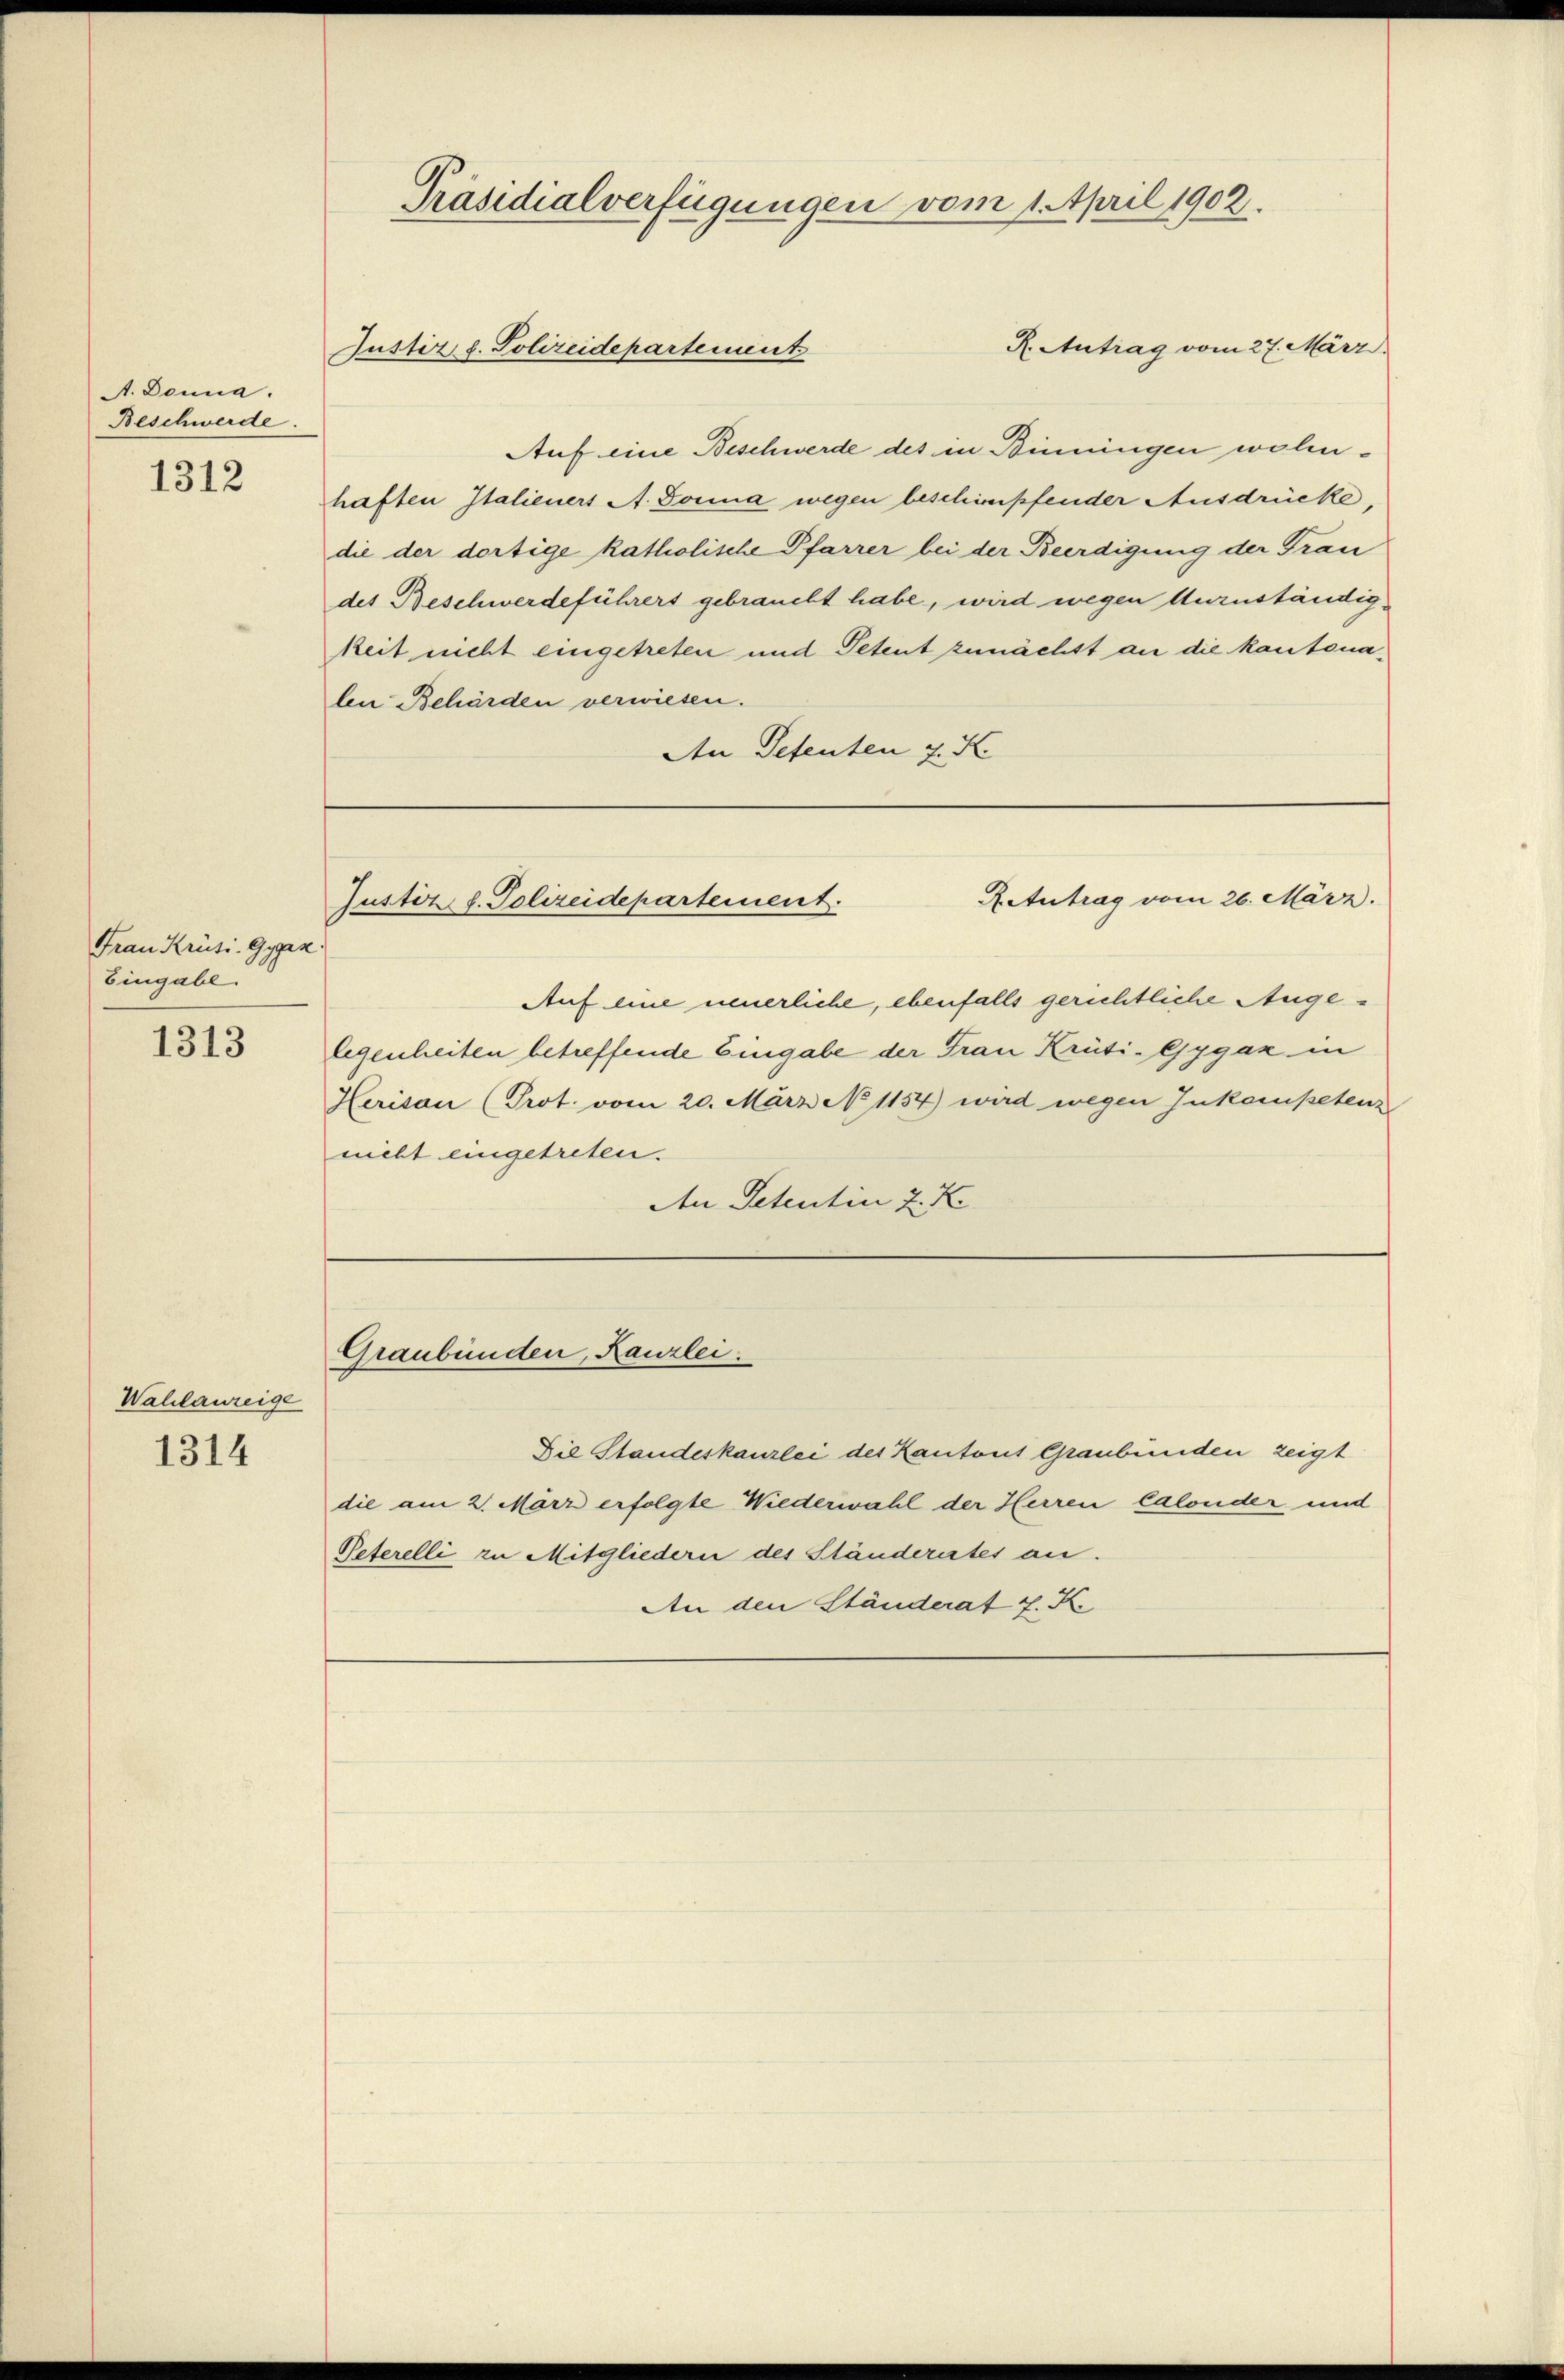
A. Donna.
Beschwerde.

1312

Frau Krüsi-Gygaz
Eingabe.

1313

Wahlanzeige

1314

Präsidialverfügungen vom 1. April 1902.
R. Antrag vom 27. März.
Justiz d. Polizeidepartement

Auf eine Beschwerde des in Binningen wohnhaften Italieners A. Sonna wegen beschimpfender Ausdrücke,
die der dortige katholische Pfarrer bei der Beerdigung der Trau
des Beschwerdeführers gebraucht habe, wird wegen duzuständigkeit nicht eingetreten und Petent zunächst an die kantonalen Behörden verwiesen.
An Petenten J. K.

Aeutrag vom 26. März.
Justiz, d. Polizeidepartement.

Graubünden, Kanzlei.

die am 2. März erfolgte Wiederwahl der Herren lalonder und
Referelli zu Mitgliedern des Ständerates an.
An den Ständerat J. K.

Die Standeskanzlei des Kantons Graubünden zeigt

Auf eine neuerliche, ebenfalls gerichtliche Augelegenheiten betreffende Eingabe der Frau Krüti-Gygaz in
Herison (Prot. vom 20. März No 1154) wird wegen Inkompetenz
nicht eingetreten.
An Petentin 2 K